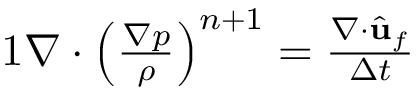
\begin{array} { r } { { 1 } \nabla \cdot \left( \frac { \nabla p } { \rho } \right) ^ { n + 1 } = \frac { \nabla \cdot \hat { \mathbf { u } } _ { f } } { \Delta t } } \end{array}